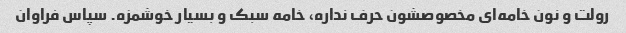
رولت و نون خامه‌ای مخصوصشون حرف نداره، خامه سبک و بسیار خوشمزه. سپاس فراوان